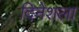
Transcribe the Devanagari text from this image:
दिनेशला